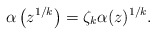
\begin{align*} \alpha\left(z^{1/k} \right) = \zeta_k \alpha(z)^{1/k}. \end{align*}